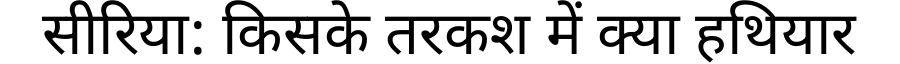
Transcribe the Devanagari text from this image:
सीरिया: किसके तरकश में क्या हथियार